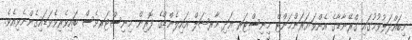
މިބައްދަލުވުމުގައި ގްރޭނާޑާގެ އެންވަޔަރަންމަންޓް މިނިސްޓަރ އަދި މާރޝަލް އައިލެންޑްގެ ފޮރިން މިނިސްޓަރވެސް ބައިވެރިވެވަޑައިގެންނެވިއެވެ.